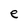
Character: e